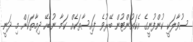
ސުވާލަކީ ކުންފުނީގެ އެކައުންޓުން ބޭރުވެ ފައިސާތަކެއް ކަމާ ނުބެހޭ ދިމާތަކަށް މި ދަނީ